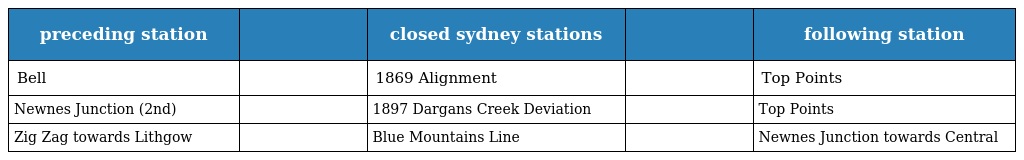
| preceding station |  | closed sydney stations |  | following station |
 | --- | --- | --- | --- | --- |
 | Bell |  | 1869 Alignment |  | Top Points |
 | Newnes Junction (2nd) |  | 1897 Dargans Creek Deviation |  | Top Points |
 | Zig Zag towards Lithgow |  | Blue Mountains Line |  | Newnes Junction towards Central |